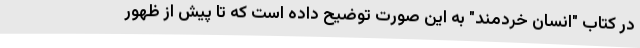
در کتاب "انسان خردمند" به این صورت توضیح داده است که تا پیش از ظهور